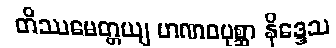
တိဿမေတ္တယျ မာဏဝပုစ္ဆာ နိဒ္ဒေသ